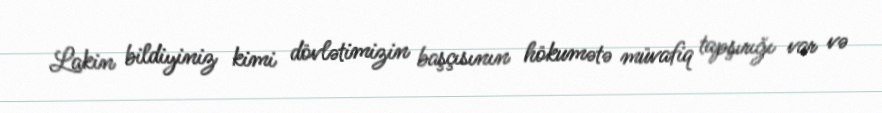
Lakin bildiyiniz kimi dövlətimizin başçısının hökumətə müvafiq tapşırığı var və